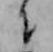
ニ